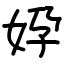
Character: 㚺